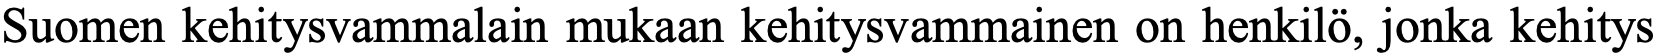
Suomen kehitysvammalain mukaan kehitysvammainen on henkilö, jonka kehitys